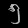
Digit: ၅